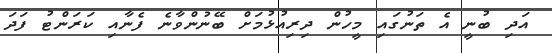
އަދި ބުނީ އެ ތަނުގައި މީހުން ދިިރިއުޅުމަށް ބޭނުންވާނެ ފެނާއި ކަރަންޓު ފަދަ